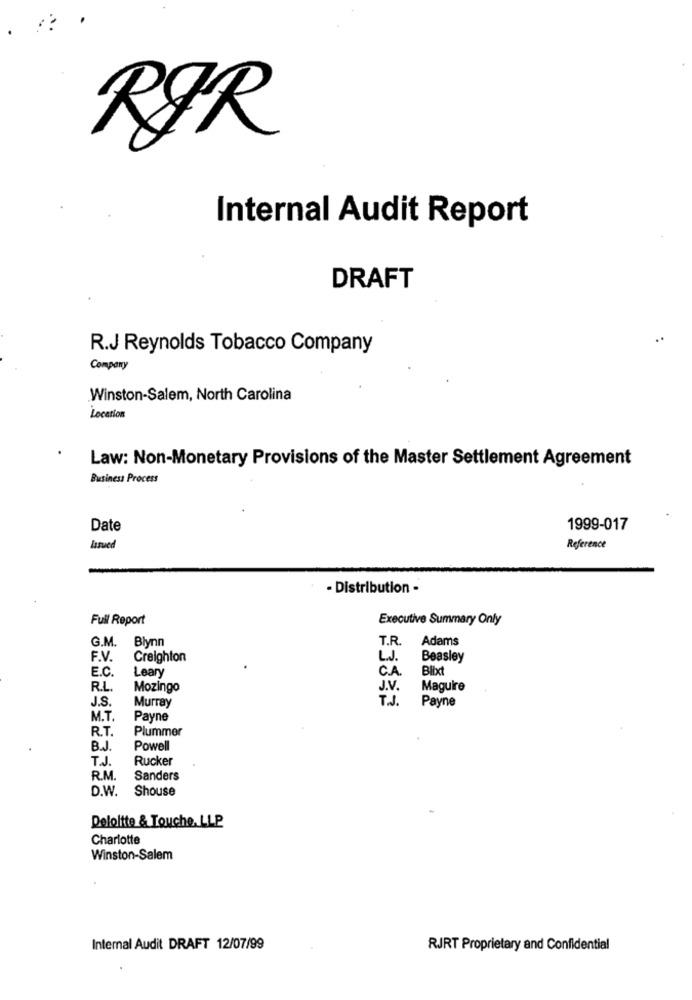
RØR
Internal Audit Report
DRAFT
R.J Reynolds Tobacco Company
Company
Winston-Salem, North Carolina
Location
Law: Non-Monetary Provisions of the Master Settlement Agreement
Business Process
Date
1999-017
Issued
Reference
- Distribution -
Full Report
Executive Summary Only
G.M. Blynn
T.R.
Adams
F.V.
Creighton
L.J.
Beasley
E.C.
Leary
C.A.
Blixt
R.L
Mozingo
J.V .
Maguire
J.S.
T.J.
Payne
Murray
M.T.
Payne
R.T.
Plummer
Powell
T.J.
Rucker
R.M.
Sanders
D.W.
Shouse
Deloitte & Touche, LLP
Charlotte
Winston-Salem
Internal Audit DRAFT 12/07/99
RJRT Proprietary and Confidential